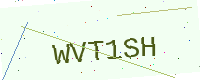
Text: WVT1SH